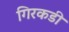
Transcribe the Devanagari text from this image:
गिरकडी